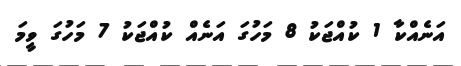
އަނެއްކާ 1 ކުއްޖަކު 8 މަހުގަ އަނެއް ކުއްޖަކު 7 މަހުގަ ވީމަ